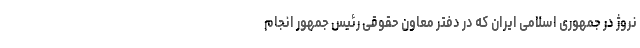
نروژ در جمهوری اسلامی ایران که در دفتر معاون حقوقی رئیس جمهور انجام